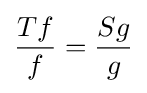
{\frac {Tf}{f}}={\frac {Sg}{g}}